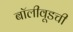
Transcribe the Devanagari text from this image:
बॉलीवूडची